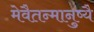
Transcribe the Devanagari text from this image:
मेवैतन्मानुष्यै